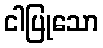
ငါပြုသော